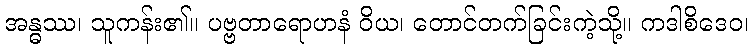
အန္ဓဿ၊ သူကန်း၏။ ပဗ္ဗတာရောဟနံ ဝိယ၊ တောင်တက်ခြင်းကဲ့သို့။ ကဒါစိဒေဝ၊